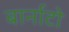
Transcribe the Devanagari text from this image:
बार्नाटो